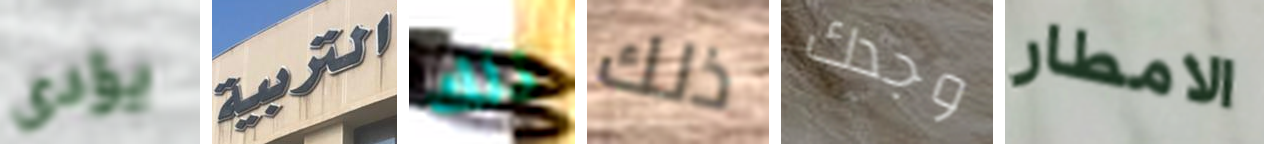
يؤدى التربية ذلك ذلك وجدك الامطار